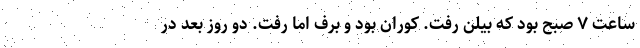
ساعت ٧ صبح بود که بیلن رفت. کوران بود و برف اما رفت. دو روز بعد در